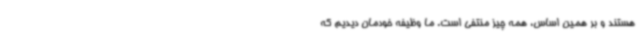
هستند و بر همین اساس، همه چیز منتفی است. ما وظیفه خودمان دیدیم که